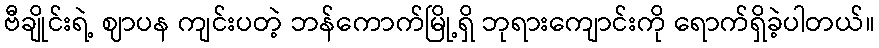
ဗီချိုင်းရဲ့ ဈာပန ကျင်းပတဲ့ ဘန်ကောက်မြို့ရှိ ဘုရားကျောင်းကို ရောက်ရှိခဲ့ပါတယ်။